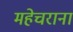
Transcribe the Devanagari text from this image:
महेचराना